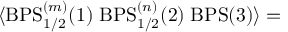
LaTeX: \langle \mathrm { B P S } _ { 1 / 2 } ^ { ( m ) } ( 1 ) \; \mathrm { B P S } _ { 1 / 2 } ^ { ( n ) } ( 2 ) \; \mathrm { B P S } ( 3 ) \rangle =